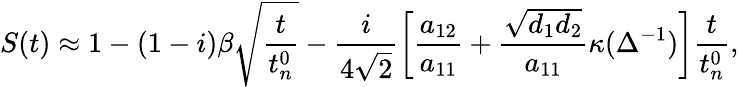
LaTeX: S(t)\approx 1-(1-i)\beta\sqrt{\frac{t}{t_{n}^{0}}}-\frac{i}{4\sqrt{2}}\left[\frac{a_{12}}{a_{11}}+\frac{\sqrt{d_{1}d_{2}}}{a_{11}}\kappa(\Delta^{-1})\right]\frac{t}{t_{n}^{0}},